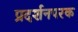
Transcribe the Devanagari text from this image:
प्रदर्शनपरक